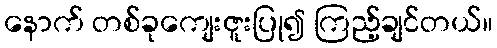
နောက် တစ်ခုကျေးဇူးပြု၍ ကြည့်ချင်တယ်။